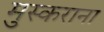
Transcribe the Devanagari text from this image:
मुस्कराना